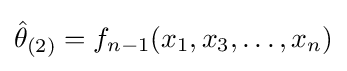
{\hat {\theta }}_{(2)}=f_{n-1}(x_{1},x_{3},\ldots ,x_{n})